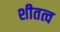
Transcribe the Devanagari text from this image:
शीतत्व